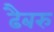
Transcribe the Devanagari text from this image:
ढैबरु